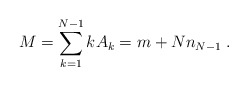
\begin{align*} M = \sum^{N-1}_{k=1}kA_k = m + N n_{N-1}\;.\end{align*}